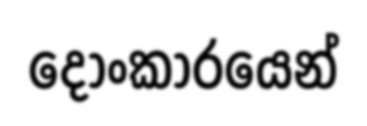
දෝංකාරයෙන්